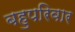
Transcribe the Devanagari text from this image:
बहुपरिवार